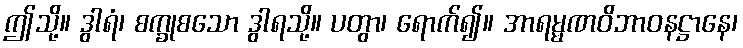
ဤသို့။ ဒွါရံ၊ စက္ခုစသော ဒွါရသို့။ ပတွာ၊ ရောက်၍။ အာရမ္မဏဝိဘာဝနဋ္ဌာနေ၊